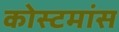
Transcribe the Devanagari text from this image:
कोस्टमांस